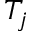
T _ { j }